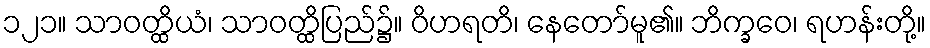
၁၂၁။ သာဝတ္ထိယံ၊ သာဝတ္ထိပြည်၌။ ဝိဟရတိ၊ နေတော်မူ၏။ ဘိက္ခဝေ၊ ရဟန်းတို့။